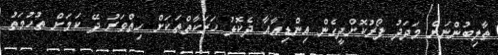
ތާލިބުންނަށް މަދަދު ފޯރުކޮށްދީގެން އިންޑިއާއާ ދެކޮޅު ހަރަކާތްތަކަށް ހިތްވަރު ދޭ ކަމަށް ތުހުމަތު